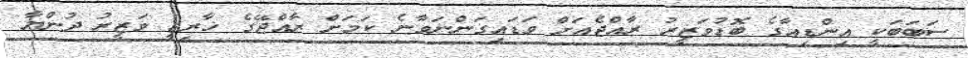
ސަބަބަކީ އިންޑިއާގެ ބޮޑުވަޒީރު ރާއްޖެއަށް ވަޑައިގަންނަވާނެ ކަމަށް ރާއްޖޭގެ ޚާރިޖީ ވަޒީރު ދުންޔާ